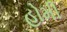
હોમી